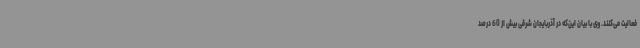
فعالیت می‌کنند. وی با بیان این‌که در آذربایجان شرقی بیش از 60 درصد